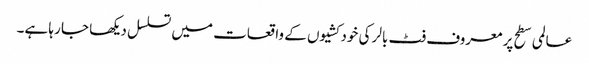
عالمی سطح پر معروف فٹ بالر کی خودکشیوں کے واقعات میں تسلسل دیکھا جا رہا ہے۔